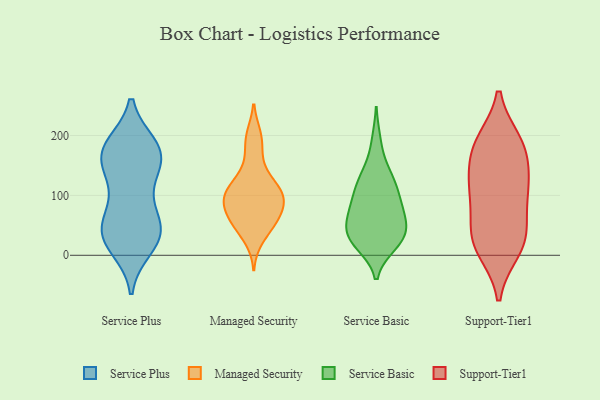
{"axis": {"x": "Conversion Rate (%)", "y": "Value"}, "legend": ["Managed Security", "Service Basic", "Service Plus", "Support-Tier1"], "data": [{"x": "", "y": 24, "type": "Service Plus"}, {"x": "", "y": 180, "type": "Service Plus"}, {"x": "", "y": 31, "type": "Service Plus"}, {"x": "", "y": 13, "type": "Service Plus"}, {"x": "", "y": 41, "type": "Service Plus"}, {"x": "", "y": 153, "type": "Service Plus"}, {"x": "", "y": 62, "type": "Service Plus"}, {"x": "", "y": 58, "type": "Service Plus"}, {"x": "", "y": 175, "type": "Service Plus"}, {"x": "", "y": 133, "type": "Service Plus"}, {"x": "", "y": 172, "type": "Service Plus"}, {"x": "", "y": 176, "type": "Service Plus"}, {"x": "", "y": 166, "type": "Service Plus"}, {"x": "", "y": 37, "type": "Service Plus"}, {"x": "", "y": 30, "type": "Service Plus"}, {"x": "", "y": 183, "type": "Service Plus"}, {"x": "", "y": 126, "type": "Service Plus"}, {"x": "", "y": 85, "type": "Service Plus"}, {"x": "", "y": 133, "type": "Managed Security"}, {"x": "", "y": 72, "type": "Managed Security"}, {"x": "", "y": 196, "type": "Managed Security"}, {"x": "", "y": 102, "type": "Managed Security"}, {"x": "", "y": 95, "type": "Managed Security"}, {"x": "", "y": 200, "type": "Managed Security"}, {"x": "", "y": 27, "type": "Managed Security"}, {"x": "", "y": 58, "type": "Managed Security"}, {"x": "", "y": 131, "type": "Managed Security"}, {"x": "", "y": 105, "type": "Managed Security"}, {"x": "", "y": 101, "type": "Managed Security"}, {"x": "", "y": 88, "type": "Managed Security"}, {"x": "", "y": 71, "type": "Managed Security"}, {"x": "", "y": 64, "type": "Managed Security"}, {"x": "", "y": 54, "type": "Managed Security"}, {"x": "", "y": 108, "type": "Managed Security"}, {"x": "", "y": 169, "type": "Managed Security"}, {"x": "", "y": 43, "type": "Managed Security"}, {"x": "", "y": 100, "type": "Managed Security"}, {"x": "", "y": 75, "type": "Service Basic"}, {"x": "", "y": 125, "type": "Service Basic"}, {"x": "", "y": 26, "type": "Service Basic"}, {"x": "", "y": 125, "type": "Service Basic"}, {"x": "", "y": 32, "type": "Service Basic"}, {"x": "", "y": 189, "type": "Service Basic"}, {"x": "", "y": 58, "type": "Service Basic"}, {"x": "", "y": 32, "type": "Service Basic"}, {"x": "", "y": 37, "type": "Service Basic"}, {"x": "", "y": 54, "type": "Service Basic"}, {"x": "", "y": 90, "type": "Service Basic"}, {"x": "", "y": 90, "type": "Service Basic"}, {"x": "", "y": 71, "type": "Service Basic"}, {"x": "", "y": 111, "type": "Service Basic"}, {"x": "", "y": 19, "type": "Service Basic"}, {"x": "", "y": 140, "type": "Service Basic"}, {"x": "", "y": 23, "type": "Service Basic"}, {"x": "", "y": 114, "type": "Support-Tier1"}, {"x": "", "y": 51, "type": "Support-Tier1"}, {"x": "", "y": 118, "type": "Support-Tier1"}, {"x": "", "y": 111, "type": "Support-Tier1"}, {"x": "", "y": 107, "type": "Support-Tier1"}, {"x": "", "y": 186, "type": "Support-Tier1"}, {"x": "", "y": 31, "type": "Support-Tier1"}, {"x": "", "y": 32, "type": "Support-Tier1"}, {"x": "", "y": 15, "type": "Support-Tier1"}, {"x": "", "y": 177, "type": "Support-Tier1"}, {"x": "", "y": 10, "type": "Support-Tier1"}, {"x": "", "y": 174, "type": "Support-Tier1"}, {"x": "", "y": 188, "type": "Support-Tier1"}]}